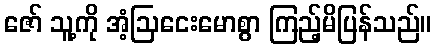
ဇော် သူ့ကို အံ့ဩငေးမောစွာ ကြည့်မိပြန်သည်။